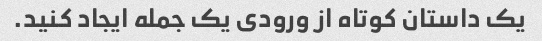
یک داستان کوتاه از ورودی یک جمله ایجاد کنید.